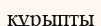
құрыпты